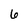
Character: 6